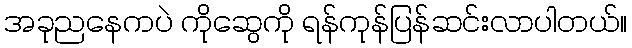
အခုညနေကပဲ ကိုဆွေကို ရန်ကုန်ပြန်ဆင်းလာပါတယ်။